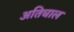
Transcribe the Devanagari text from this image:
अतिचाल